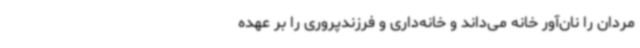
مردان را نان‌آور خانه می‌داند و خانه‌داری و فرزندپروری را بر عهده